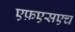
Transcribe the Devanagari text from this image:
एफ़एसएच